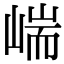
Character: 㟨